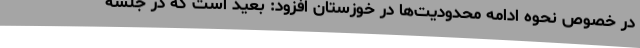
در خصوص نحوه ادامه محدودیت‌ها در خوزستان افزود: بعید است که در جلسه